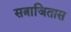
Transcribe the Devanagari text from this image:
सत्राजितास